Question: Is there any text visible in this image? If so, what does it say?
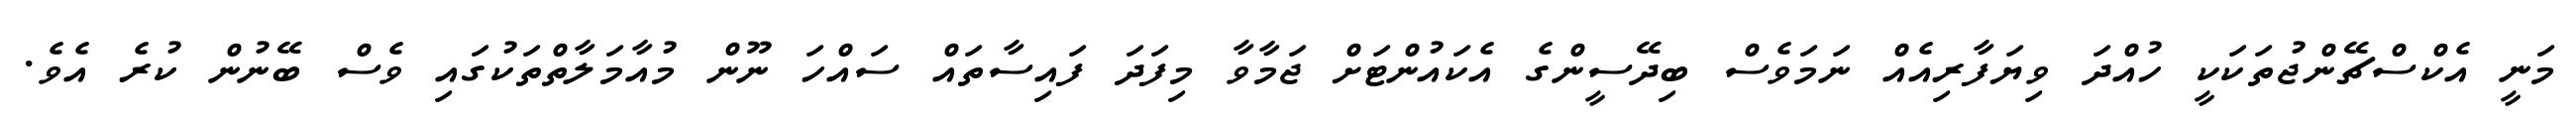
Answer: މަނީ އެކްސްޗޭންޖުތަކަކީ ހުއްދަ ވިޔަފާރިއެއް ނަމަވެސް ބިދޭސީންގެ އެކައުންޓަށް ޖަމާވާ މިފަދަ ފައިސާތައް ސައްހަ ނޫން މުއާމަލާތްތަކުގައި ވެސް ބޭނުން ކުރެ އެވެ.